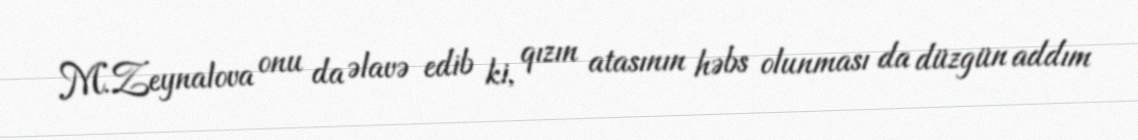
M.Zeynalova onu da əlavə edib ki, qızın atasının həbs olunması da düzgün addım